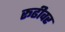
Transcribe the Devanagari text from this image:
रूढीवर